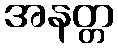
အနတ္တ